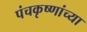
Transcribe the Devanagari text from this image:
पंचकृष्णांच्या